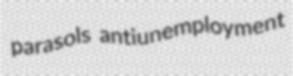
parasols antiunemployment